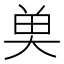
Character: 𮫭